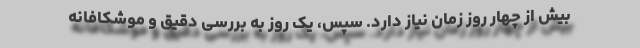
بیش از چهار روز زمان نیاز دارد. سپس، یک روز به بررسی دقیق و موشکافانه